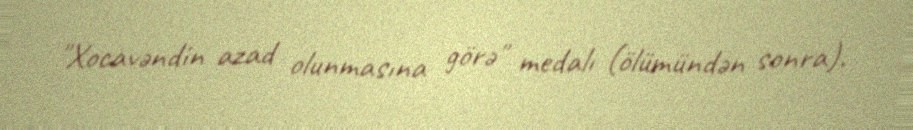
"Xocavəndin azad olunmasına görə" medalı (ölümündən sonra).